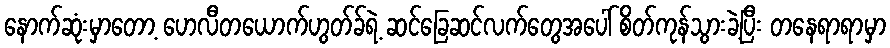
နောက်ဆုံးမှာတော့ ဟေလီတယောက်ဟွတ်ခ်ရဲ့ ဆင်ခြေဆင်လက်တွေအပေါ် စိတ်ကုန်သွားခဲ့ပြီး တနေရာရာမှာ